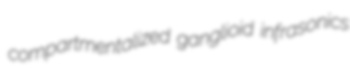
compartmentalized ganglioid infrasonics